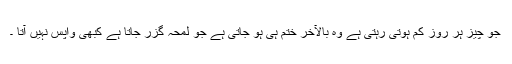
جو چیز ہر روز کم ہوتی رہتی ہے وہ بالآخر ختم ہی ہو جاتی ہے جو لمحہ گزر جاتا ہے کبھی واپس نہیں آتا ۔